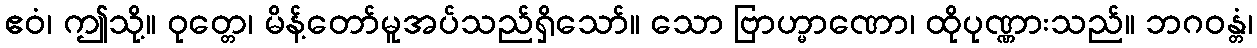
ဧဝံ၊ ဤသို့။ ဝုတ္တေ၊ မိန့်တော်မူအပ်သည်ရှိသော်။ သော ဗြာဟ္မာဏော၊ ထိုပုဏ္ဏားသည်။ ဘဂဝန္တံ၊